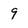
Character: 9